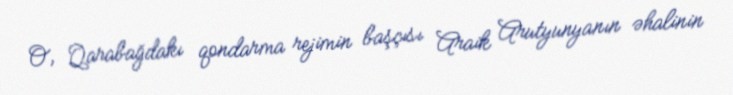
O, Qarabağdakı qondarma rejimin başçısı Araik Arutyunyanın əhalinin